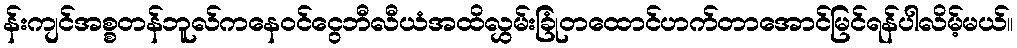
န်းကျင်အစ္စတန်ဘူလ်ကနေဝင်ငွေဘီလီယံအထိလွှမ်းခြုံတထောင်ဟက်တာအောင်မြင်ရန်ပါလိမ့်မယ်။